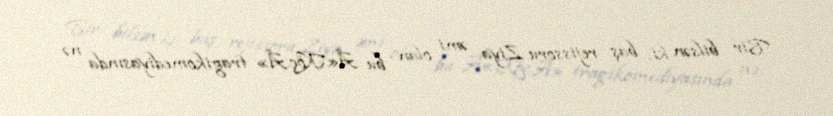
Bir bilsən ki, baş rejissoru Ziya əmi olan bu Â«KöçÂ» tragikomediyasında nə